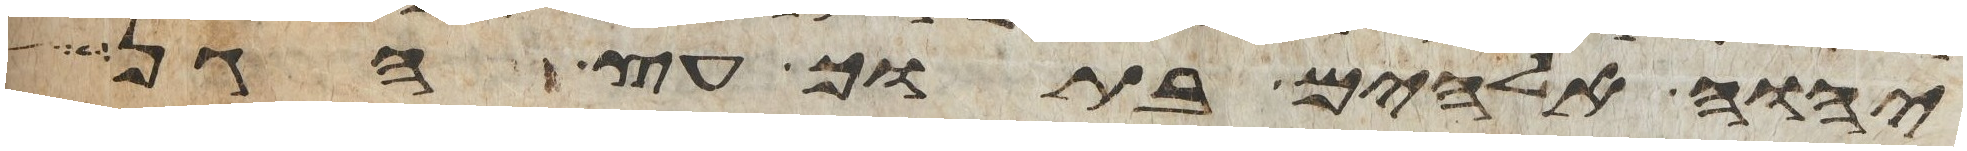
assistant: יהוה אלהים בתוך עץ הגן